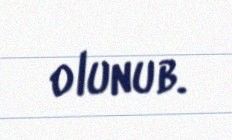
olunub.